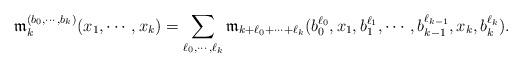
LaTeX: \begin{align*}\frak m_k^{(b_0,\cdots,b_k)}(x_1,\cdots,x_k)= \sum_{\ell_0,\cdots,\ell_k}\frak m_{k+\ell_0+\cdots+\ell_k}(b_0^{\ell_0},x_1,b_1^{\ell_1},\cdots,b_{k-1}^{\ell_{k-1}},x_k,b_k^{\ell_k}).\end{align*}